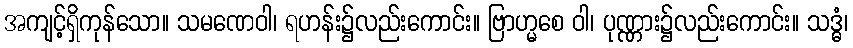
အကျင့်ရှိကုန်သော။ သမဏေဝါ၊ ရဟန်း၌လည်းကောင်း။ ဗြာဟ္မစေ ဝါ၊ ပုဏ္ဏား၌လည်းကောင်း။ သဒ္ဓံ၊